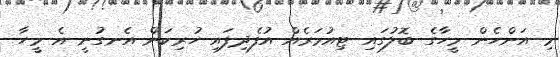
މި އަންހެން މީހާގެ ބޮލުގައި ޓިއުމަރެއް އުފެދިފައި ހުރިކަން އެނގުނީ އެ މީހާ